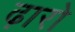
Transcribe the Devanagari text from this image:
ढ़ारो